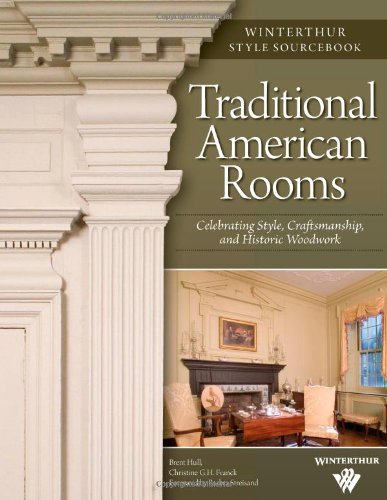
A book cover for Traditional American Rooms (Winterthur Style Sourcebook): Celebrating Style, Craftsmanship, and Historic Woodwork; Brent Hull; Arts & Photography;